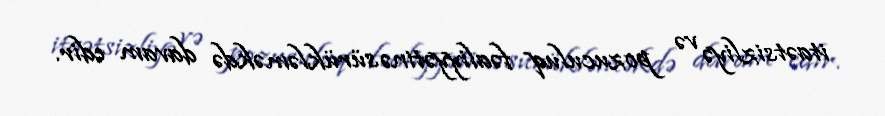
itaətsizliyə və pozuculuq fəaliyyətinə sürükləməkdə davam edir.